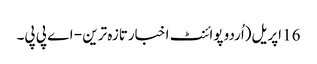
16 اپریل(اُردو پوائنٹ اخبارتازہ ترین - اے پی پی۔